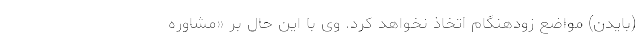
(بایدن) مواضع زودهنگام اتخاذ نخواهد کرد. وی با این حال بر «مشاوره